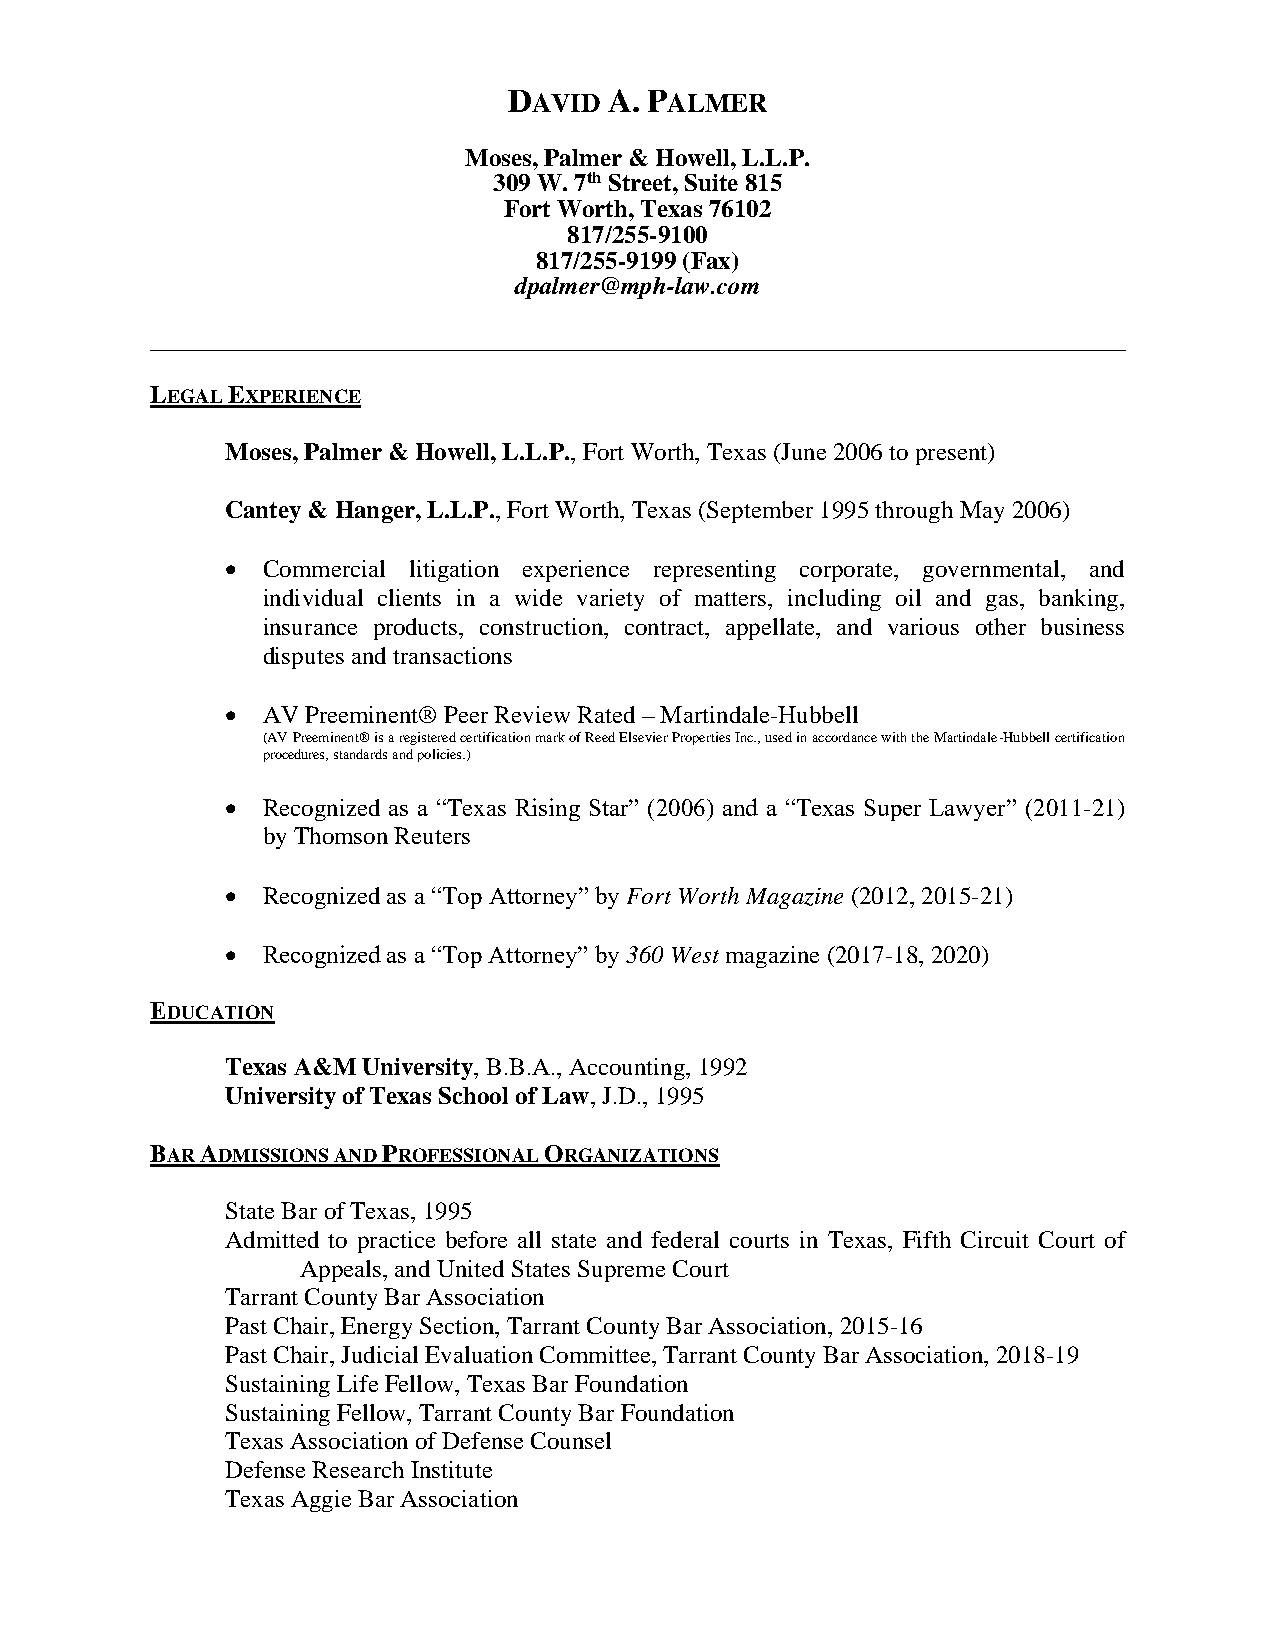
DAVID A. PALMER
 Moses, Palmer & Howell, L.L.P.
 309 W. 7th Street, Suite 815
 Fort Worth, Texas 76102
 817/255-9100
 817/255-9199 (Fax)
 dpalmer@mph-law.com
 ______________________________________________________________________________
 LEGAL EXPERIENCE
 Moses, Palmer & Howell, L.L.P., Fort Worth, Texas (June 2006 to present)
 Cantey & Hanger, L.L.P., Fort Worth, Texas (September 1995 through May 2006)
 • Commercial litigation experience representing corporate, governmental, and
 individual clients in a wide variety of matters, including oil and gas, banking,
 insurance products, construction, contract, appellate, and various other business
 disputes and transactions
 • AV Preeminent® Peer Review Rated – Martindale-Hubbell
 (AV Preeminent® is a registered certification mark of Reed Elsevier Properties Inc., used in accordance with the Martindale-Hubbell certification
 procedures, standards and policies.)
 • Recognized as a “Texas Rising Star” (2006) and a “Texas Super Lawyer” (2011-21)
 by Thomson Reuters
 • Recognized as a “Top Attorney” by Fort Worth Magazine (2012, 2015-21)
 • Recognized as a “Top Attorney” by 360 West magazine (2017-18, 2020)
 EDUCATION
 Texas A&M University, B.B.A., Accounting, 1992
 University of Texas School of Law, J.D., 1995
 BAR ADMISSIONS AND PROFESSIONAL ORGANIZATIONS
 State Bar of Texas, 1995
 Admitted to practice before all state and federal courts in Texas, Fifth Circuit Court of
 Appeals, and United States Supreme Court
 Tarrant County Bar Association
 Past Chair, Energy Section, Tarrant County Bar Association, 2015-16
 Past Chair, Judicial Evaluation Committee, Tarrant County Bar Association, 2018-19
 Sustaining Life Fellow, Texas Bar Foundation
 Sustaining Fellow, Tarrant County Bar Foundation
 Texas Association of Defense Counsel
 Defense Research Institute
 Texas Aggie Bar Association